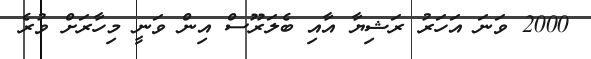
2000 ވަނަ އަހަރު ރަޝިޔާ އާއި ބެލަރޫސް އިން ވަނީ މިހާރަށް ވުރެ